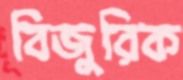
বিজুরিক